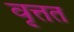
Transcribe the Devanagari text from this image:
वृत्तत